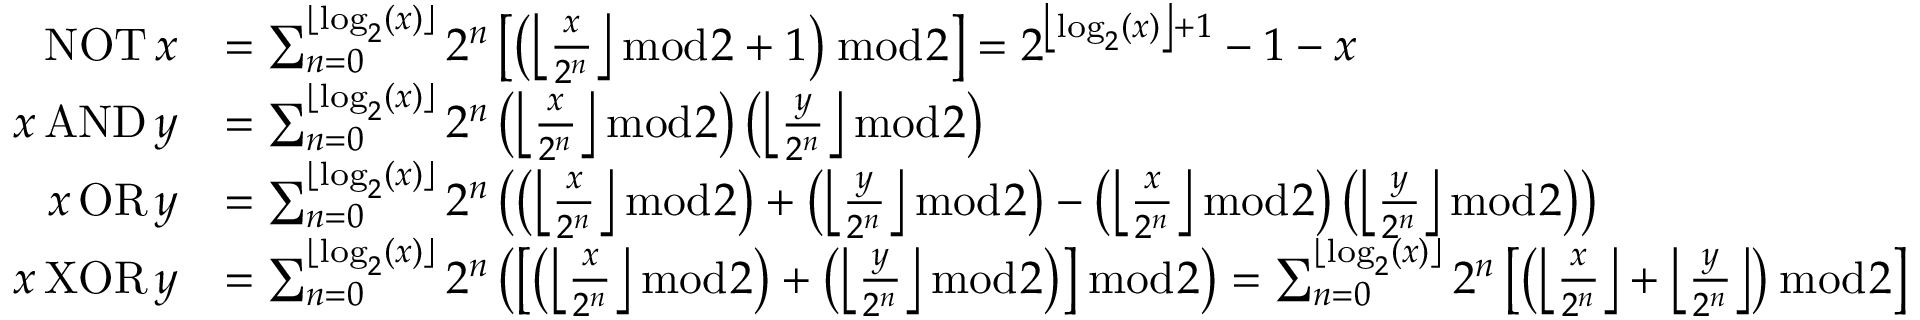
{ \begin{array} { r l } { \operatorname { N O T } x } & { = \sum _ { n = 0 } ^ { \lfloor \log _ { 2 } ( x ) \rfloor } 2 ^ { n } \left[ \left( \left\lfloor { \frac { x } { 2 ^ { n } } } \right\rfloor { \bmod { 2 } } + 1 \right) { \bmod { 2 } } \right] = 2 ^ { \left\lfloor \log _ { 2 } ( x ) \right\rfloor + 1 } - 1 - x } \\ { x \operatorname { A N D } y } & { = \sum _ { n = 0 } ^ { \lfloor \log _ { 2 } ( x ) \rfloor } 2 ^ { n } \left( \left\lfloor { \frac { x } { 2 ^ { n } } } \right\rfloor { \bmod { 2 } } \right) \left( \left\lfloor { \frac { y } { 2 ^ { n } } } \right\rfloor { \bmod { 2 } } \right) } \\ { x \operatorname { O R } y } & { = \sum _ { n = 0 } ^ { \lfloor \log _ { 2 } ( x ) \rfloor } 2 ^ { n } \left( \left( \left\lfloor { \frac { x } { 2 ^ { n } } } \right\rfloor { \bmod { 2 } } \right) + \left( \left\lfloor { \frac { y } { 2 ^ { n } } } \right\rfloor { \bmod { 2 } } \right) - \left( \left\lfloor { \frac { x } { 2 ^ { n } } } \right\rfloor { \bmod { 2 } } \right) \left( \left\lfloor { \frac { y } { 2 ^ { n } } } \right\rfloor { \bmod { 2 } } \right) \right) } \\ { x \operatorname { X O R } y } & { = \sum _ { n = 0 } ^ { \lfloor \log _ { 2 } ( x ) \rfloor } 2 ^ { n } \left( \left[ \left( \left\lfloor { \frac { x } { 2 ^ { n } } } \right\rfloor { \bmod { 2 } } \right) + \left( \left\lfloor { \frac { y } { 2 ^ { n } } } \right\rfloor { \bmod { 2 } } \right) \right] { \bmod { 2 } } \right) = \sum _ { n = 0 } ^ { \lfloor \log _ { 2 } ( x ) \rfloor } 2 ^ { n } \left[ \left( \left\lfloor { \frac { x } { 2 ^ { n } } } \right\rfloor + \left\lfloor { \frac { y } { 2 ^ { n } } } \right\rfloor \right) { \bmod { 2 } } \right] } \end{array} }